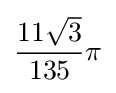
{\frac {11{\sqrt {3}}}{135}}\pi